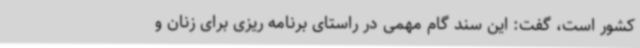
کشور است، گفت: این سند گام مهمی در راستای برنامه ریزی برای زنان و